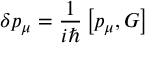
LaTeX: \delta p _ { \mu } = \frac { 1 } { i \hbar } \left[ p _ { \mu } , G \right]